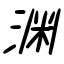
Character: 渊